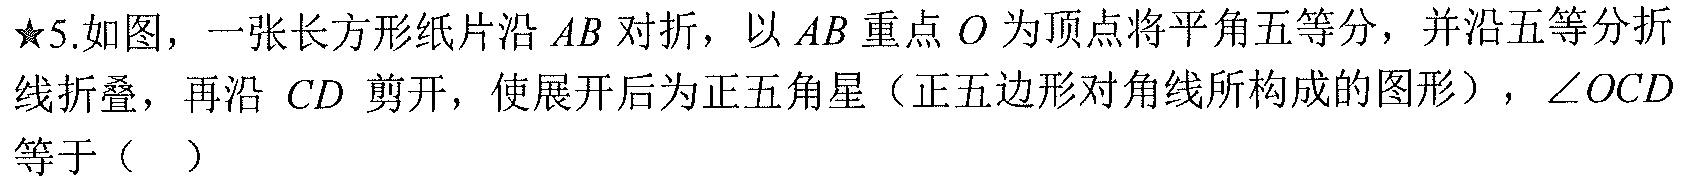
★5.如图，一张长方形纸片沿\(AB\)对折，以\(AB\)重点\(O\)为顶点将平角五等分，并沿五等分折
线折叠，再沿 \(CD\) 剪开，使展开后为正五角星（正五边形对角线所构成的图形），\(\angle OCD\)
等于（  ）